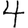
Digit: 4